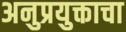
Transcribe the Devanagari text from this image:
अनुप्रयुक्ताचा